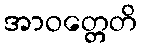
အာဝတ္တေတိ